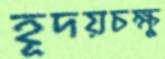
হূদয়চক্ষু